Annual report on the working of the mental hospitals in the Madras Presidency - 1912-1932
Year: 1912
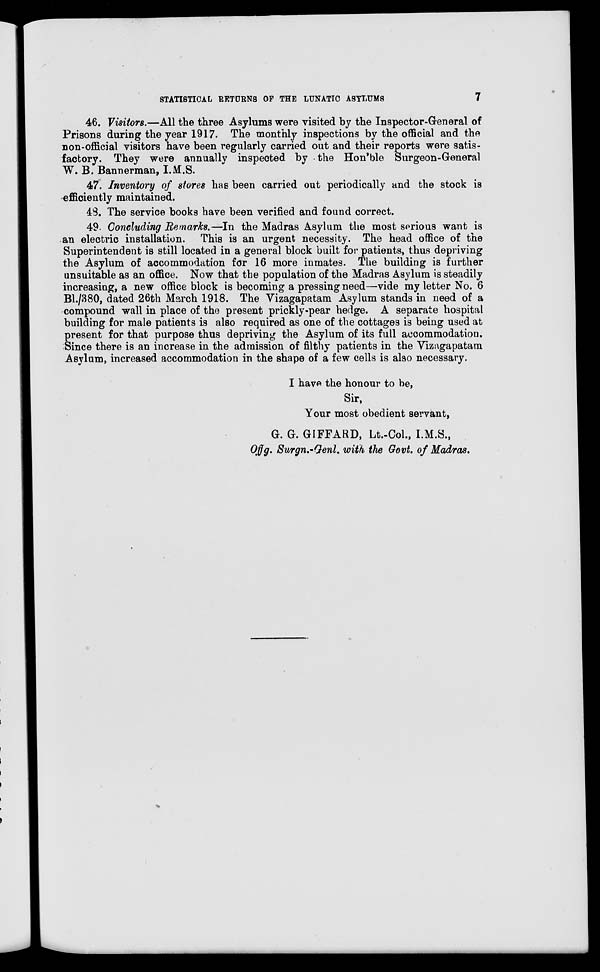
STATISTICAL RETURNS OF THE LUNATIC
ASYLUMS
7
46. Visitors.—All the three Asylums were visited by the Inspector-General of
Prisons during the year 1917. The monthly inspections by the official and the
non-official visitors have been regularly carried out and their reports were satis-
factory. They were annually inspected by the Hon'ble Surgeon-General
W. B. Bannerman, I.M.S.
47. Inventory of stores has been carried out periodically and the stock is
efficiently maintained.
48. The service books have been verified and found correct.
49. Concluding Remarks.—In the Madras Asylum the most serious want is
an electric installation. This is an urgent necessity. The head office of the
Superintendent is still located in a general block built for patients, thus depriving
the Asylum of accommodation for 16 more inmates. The building is further
unsuitable as an office. Now that the population of the Madras Asylum is steadily
increasing, a new office block is becoming a pressing need—vide my letter No. 6
Bl./380, dated 26th March 1918. The Vizagapatam Asylum stands in need of a
compound wall in place of the present prickly-pear hedge. A separate hospital
building for male patients is also required as one of the cottages is being used at
present for that purpose thus depriving the Asylum of its full accommodation.
Since there is an increase in the admission of filthy patients in the Vizagapatam
Asylum, increased accommodation in the shape of a few cells is also necessary.
I have the honour to be,
Sir,
Your most obedient servant,
G. G. GIFFARD, Lt.-Col., I.M.S.,
Offg. Surgn.-Genl. with the Govt. of Madras.